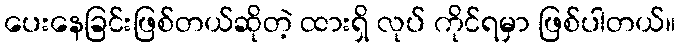
ပေးနေခြင်းဖြစ်တယ်ဆိုတဲ့ ထားရှိ လုပ် ကိုင်ရမှာ ဖြစ်ပါတယ်။